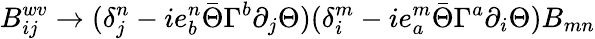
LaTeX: B_{ij}^{wv}\rightarrow(\delta_{j}^{n}-ie_{b}^{n}\bar{\Theta}\Gamma^{b}\partial_{j}\Theta)(\delta_{i}^{m}-ie_{a}^{m}\bar{\Theta}\Gamma^{a}\partial_{i}\Theta)B_{mn}